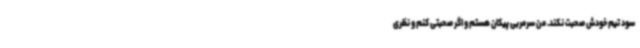
سود تیم خودش صحبت نکند. من سرمربی پیکان هستم و اگر صحبتی کنم و نظری